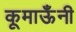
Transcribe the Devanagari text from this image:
कूमाऊँनी